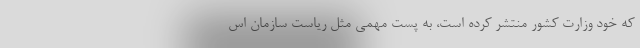
که خود وزارت کشور منتشر کرده است، به پست مهمی مثل ریاست سازمان اس